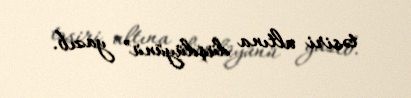
təsiri altına düşdüyünü” yazıb.